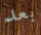
بعد